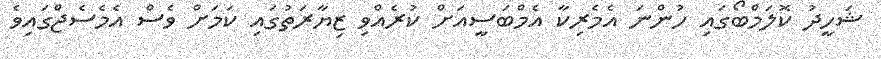
ޝަހީދު ކޮލަމްބޯގައި ހުންނަ އެމެރިކާ އެމްބަސީއަށް ކުރެއްވި ޒިޔާރަތުގައި ކަމަށް ވެސް އެމެސެޖްގައިވެ